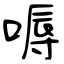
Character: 嗕